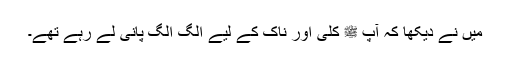
میں نے دیکھا کہ آپ ﷺ کلی اور ناک کے لیے الگ الگ پانی لے رہے تھے۔